Source: Handwritten
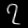
Digit: ၇ (7)